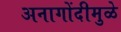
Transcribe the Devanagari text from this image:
अनागोंदीमुळे